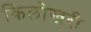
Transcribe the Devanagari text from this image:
किलोखरी